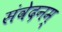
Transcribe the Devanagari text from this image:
संवेदनम्‌